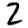
Digit: 2